Vaccination report Assam 1874-1896 - 1874-1896
Year: 1874
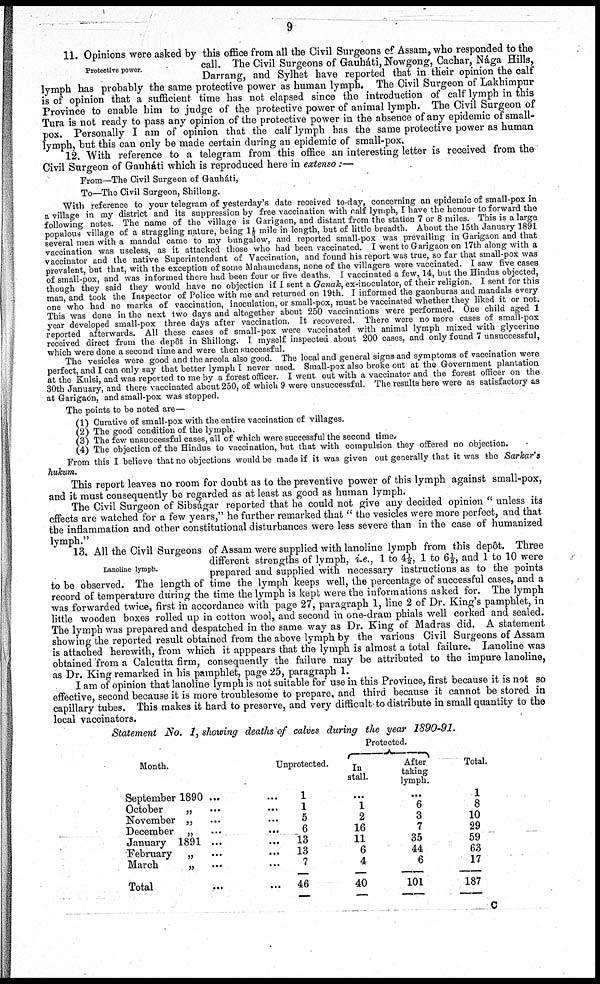
9
Protective power.
11. Opinions were asked by this office from all the Civil Surgeons of Assam, who responded to the
call. The Civil Surgeons of Gauháti, Nowgong, Cachar, Nága Hills,
Darrang, and Sylhet have reported that in their opinion the calf
lymph has probably the same protective power as human lymph. The Civil Surgeon of Lakhimpur
is of opinion that a sufficient time has not elapsed since the introduction of calf lymph in this
Province to enable him to judge of the protective power of animal lymph. The Civil Surgeon of
Tura is not ready to pass any opinion of the protective power in the absence of any epidemic of small-
pox. Personally I am of opinion that the calf lymph has the same protective power as human
lymph, but this can only be made certain during an epidemic of small-pox.
12. With reference to a telegram from this office an interesting letter is received from the
Civil Surgeon of Gauháti which is reproduced here in eostenso :—
From—The Civil Surgeon of Gauháti,
To—The Civil Surgeon, Shillong.
With reference to your telegram of yesterday's date received to-day, concerning an epidemic of small-pox in
a village in my district and its suppression by free vaccination with calf lymph, I have the honour to forward the
following notes. The name of the village is Garigaon, and distant from the station 7 or 8 miles. This is a large
populous village of a straggling nature, being 1½ mile in length, but of little breadth. About the 15th January 1891
several men with a mandal came to my bungalow, and reported small-pox was prevailing in Garigaon and that
vaccination was useless, as it attacked those who had been vaccinated. I went to Garigaon on 17th along with a
vaccinator and the native Superintendent of Vaccination, and found his report was true, so far that small-pox was
prevalent, but that, with the exception of some Mahamedans, none of the villagers were vaccinated. I saw five cases
of small-pox, and was informed there had been four or five deaths. I vaccinated a few, 14, but the Hindus objected,
though they said they would have no objection if I sent a Ganak, ex-inoculator, of their religion. I sent for this
man, and took the Inspector of Police with me and returned on 19th. I informed the gaonburas and mandals every
one who had no marks of vaccination, inoculation, or small-pox, must be vaccinated whether they liked it or not.
This was done in the next two days and altogether about 250 vaccinations were performed. One child aged 1
year developed small-pox three days after vaccination. It recovered. There were no more cases of small-pox
reported afterwards. All these cases of small-pox were vaccinated with animal lymph mixed with glycerine
received direct from the depôt in Shillong. I myself inspected about 200 cases, and only found 7 unsuccessful,
which were done a second time and were then successful.
The vesicles were good and the areola also good. The local and general signs and symptoms of vaccination were
perfect, and I can only say that better lymph I never used. Small-pox also broke out at the Government plantation
at the Kulsi, and was reported to me by a forest officer. I went out with a vaccinator and the forest officer on the
30th January, and there vaccinated about 250, of which 9 were unsuccessful. The results here were as satisfactory as
at Garigaon, and small-pox was stopped.
The points to be noted are—
(1) Curative of small-pox with the entire vaccination of villages.
(2) The good condition of the lymph.
(3) The few unsuccessful cases, all of which were successful the second time.
(4) The objection of the Hindus to vaccination, but that with compulsion they offered no objection.
From this I believe that no objections would be made if it was given out generally that it was the Sarkar's
hukum.
This report leaves no room for doubt as to the preventive power of this lymph against small-pox,
and it must consequently be regarded as at least as good as human lymph.
The Civil Surgeon of Sibságar reported that he could not give any decided opinion " unless its
effects are watched for a few years," he further remarked that " the vesicles were more perfect, and that
the inflammation and other constitutional disturbances were less severe than in the case of humanized
lymph."
Lanoline lymph.
13. All the Civil Surgeons of Assam were supplied with lanoline lymph from this depôt. Three
different strengths of lymph, i.e., 1 to 4½, 1 to 6½, and 1 to 10 were
prepared and supplied with necessary instructions as to the points
to be observed. The length of time the lymph keeps well, the percentage of successful cases, and a
record of temperature during the time the lymph is kept were the informations asked for. The lymph
was forwarded twice, first in accordance with page 27, paragraph 1, line 2 of Dr. King's pamphlet, in
little wooden boxes rolled up in cotton wool, and second in one-dram phials well corked and sealed.
The lymph was prepared and despatched in the same way as Dr. King of Madras did. A statement
showing the reported result obtained from the above lymph by the various Civil Surgeons of Assam
is attached herewith, from which it apppears that the lymph is almost a total failure. Lanoline was
obtained from a Calcutta firm, consequently the failure may be attributed to the impure lanoline,
as Dr. King remarked in his pamphlet, page 25, paragraph 1.
I am of opinion that lanoline lymph is not suitable for use in this Province, first because it is not so
effective, second because it is more troublesome to prepare, and third because it cannot be stored in
capillary tubes. This makes it hard to preserve, and very difficult to distribute in small quantity to the
local vaccinators.
Statement No. 1, showing deaths of calves during the year 1890-91.
Month.
September 1890 ... ...
October
„ ... ...
November „ ... ...
December „ ... ...
January 1891 ... ...
February
„ ... ...
March
„ ... ...
Total ... ...
Unprotected.
1
1
5
6
13
13
7
46
Protected.
In
stall.
...
1
2
16
11
6
4
40
After
taking
lymph.
...
6
3
7
35
44
6
101
Total.
1
8
10
29
59
63
17
187
c